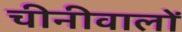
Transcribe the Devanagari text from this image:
चीनीवालों